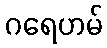
ဂရေဟမ်